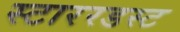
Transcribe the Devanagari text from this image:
स्टाररडस्ट